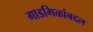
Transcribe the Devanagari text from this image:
गाडगिळांबद्दल